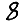
Digit: 8